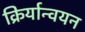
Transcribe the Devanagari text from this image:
क्रिर्यान्वयन